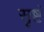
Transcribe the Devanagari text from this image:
सृष्टं